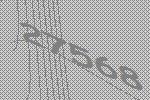
27568